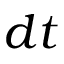
d t